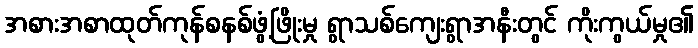
အစားအစာထုတ်ကုန်စနစ်ဖွံ့ဖြိုးမှု ရွာသစ်ကျေးရွာအနီးတွင် ကိုးကွယ်မှု၏